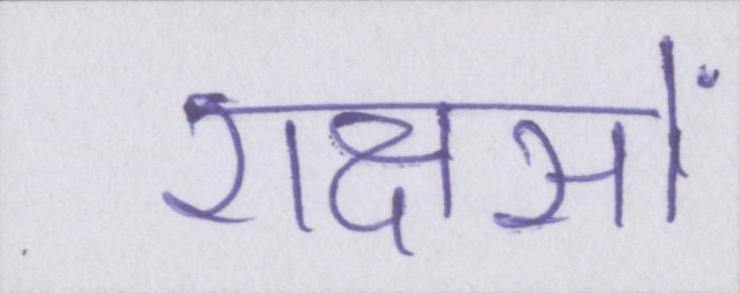
राक्षसों